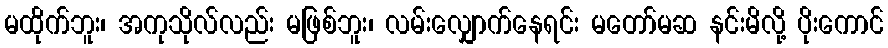
မထိုက်ဘူး၊ အကုသိုလ်လည်း မဖြစ်ဘူး၊ လမ်းလျှောက်နေရင်း မတော်မဆ နင်းမိလို့ ပိုးကောင်